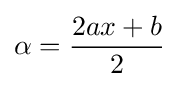
\alpha ={\frac {2ax+b}{2}}